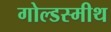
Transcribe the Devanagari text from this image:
गोल्डस्मीथ